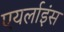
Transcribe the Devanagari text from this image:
एयर्लाइंस